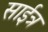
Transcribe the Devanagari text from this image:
साईत्र